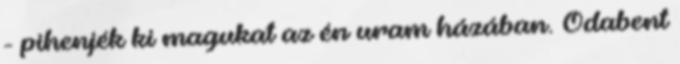
- pihenjék ki magukat az én uram házában. Odabent